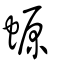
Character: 螈